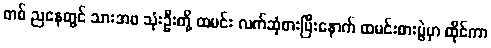
တစ် ညနေတွင် သားအဖ သုံးဦးတို့ ထမင်း လက်ဆုံစားပြီးနောက် ထမင်းစားပွဲမှာ ထိုင်ကာ